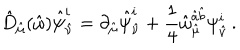
\hat { D } _ { \hat { \mu } } ( \hat { \omega } ) \hat { \psi } _ { \hat { \nu } } ^ { i } = \partial _ { \hat { \mu } } \hat { \psi } _ { \hat { \nu } } ^ { i } + \frac { 1 } { 4 } \hat { \omega } _ { \hat { \mu } } ^ { \hat { a } \hat { b } } \psi _ { \hat { \nu } } ^ { i } \, .